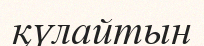
қүлайтын